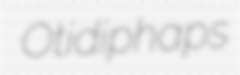
Otidiphaps